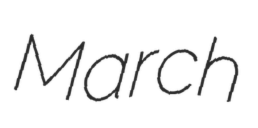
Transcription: March